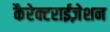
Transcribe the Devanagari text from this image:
कैरेक्टराईज़ेशन